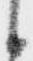
候